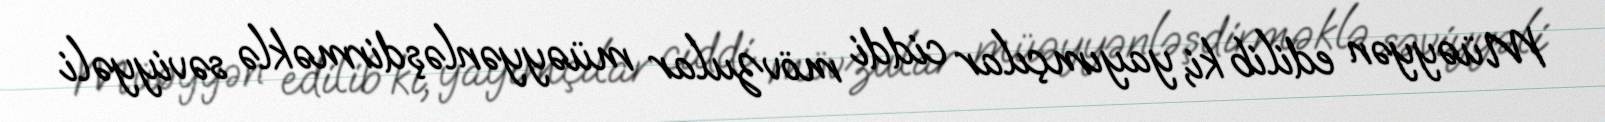
Müəyyən edilib ki, yayımçılar ciddi mövzular müəyyənləşdirməklə səviyyəli